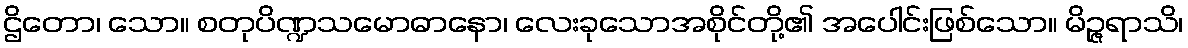
ဌိတော၊ သော။ စတုပိဏ္ဍသမောဓာနော၊ လေးခုသောအစိုင်တို့၏ အပေါင်းဖြစ်သော။ မိဉ္ဇရာသိ၊